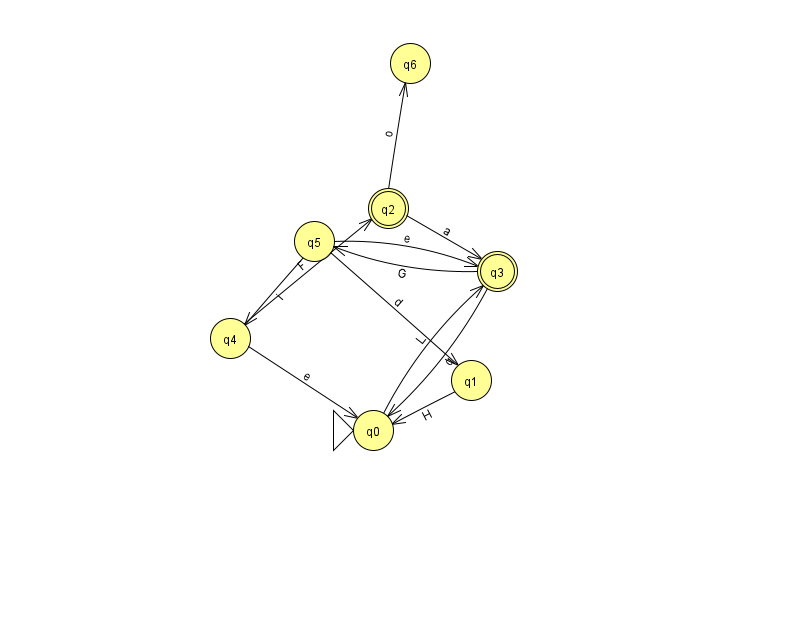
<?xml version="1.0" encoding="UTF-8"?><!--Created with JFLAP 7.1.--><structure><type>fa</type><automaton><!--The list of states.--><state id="0" name="q0"><x>373.0</x><y>417.0</y><initial/></state><state id="1" name="q1"><x>471.0</x><y>367.0</y></state><state id="2" name="q2"><x>388.0</x><y>195.0</y><final/></state><state id="3" name="q3"><x>497.0</x><y>258.0</y><final/></state><state id="4" name="q4"><x>230.0</x><y>325.0</y></state><state id="5" name="q5"><x>314.0</x><y>228.0</y></state><state id="6" name="q6"><x>410.0</x><y>50.0</y></state><!--The list of transitions.--><transition><from>5</from><to>1</to><read>d</read></transition><transition><from>5</from><to>4</to><read>i</read></transition><transition><from>3</from><to>0</to><read>q</read></transition><transition><from>2</from><to>3</to><read>a</read></transition><transition><from>5</from><to>3</to><read>e</read></transition><transition><from>3</from><to>5</to><read>G</read></transition><transition><from>4</from><to>2</to><read>F</read></transition><transition><from>2</from><to>6</to><read>o</read></transition><transition><from>0</from><to>3</to><read>L</read></transition><transition><from>1</from><to>0</to><read>H</read></transition><transition><from>4</from><to>0</to><read>e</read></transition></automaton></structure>